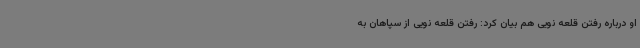
او درباره رفتن قلعه نویی هم بیان کرد: رفتن قلعه نویی از سپاهان به